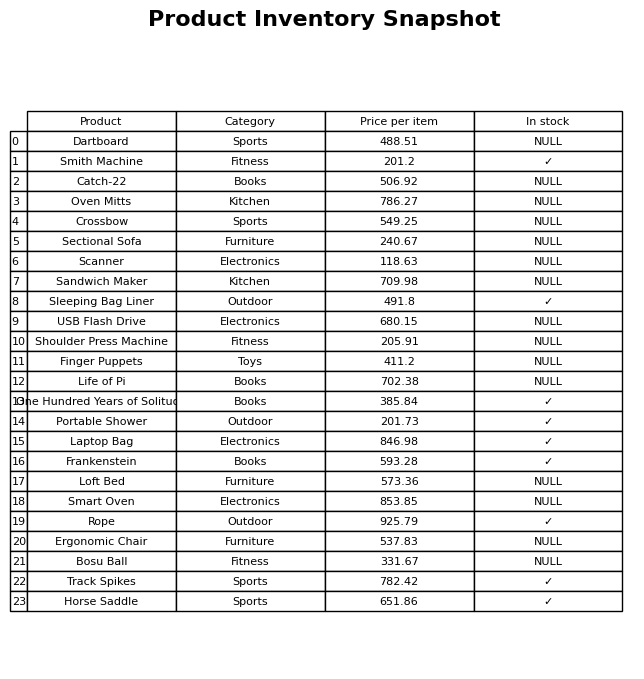
question: What is the price of the Sandwich Maker?
answer: The price of Sandwich Maker is 709.98.